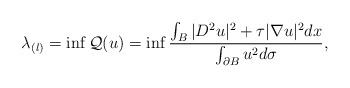
\begin{align*}\lambda_{(l)}=\inf\mathcal Q(u)=\inf \frac{\int_{B}|D^2 u|^2+\tau |\nabla u|^2 dx}{\int_{\partial B}u^2 d\sigma},\end{align*}